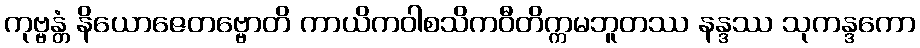
ကုဗ္ဗန္တံ နိယောဇေတဗ္ဗောတိ ကာယိကဝါစသိကဝီတိက္ကမဘူတဿ နန္ဒဿ သုကန္ဒကော